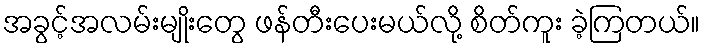
အခွင့်အလမ်းမျိုးတွေ ဖန်တီးပေးမယ်လို့ စိတ်ကူး ခဲ့ကြတယ်။